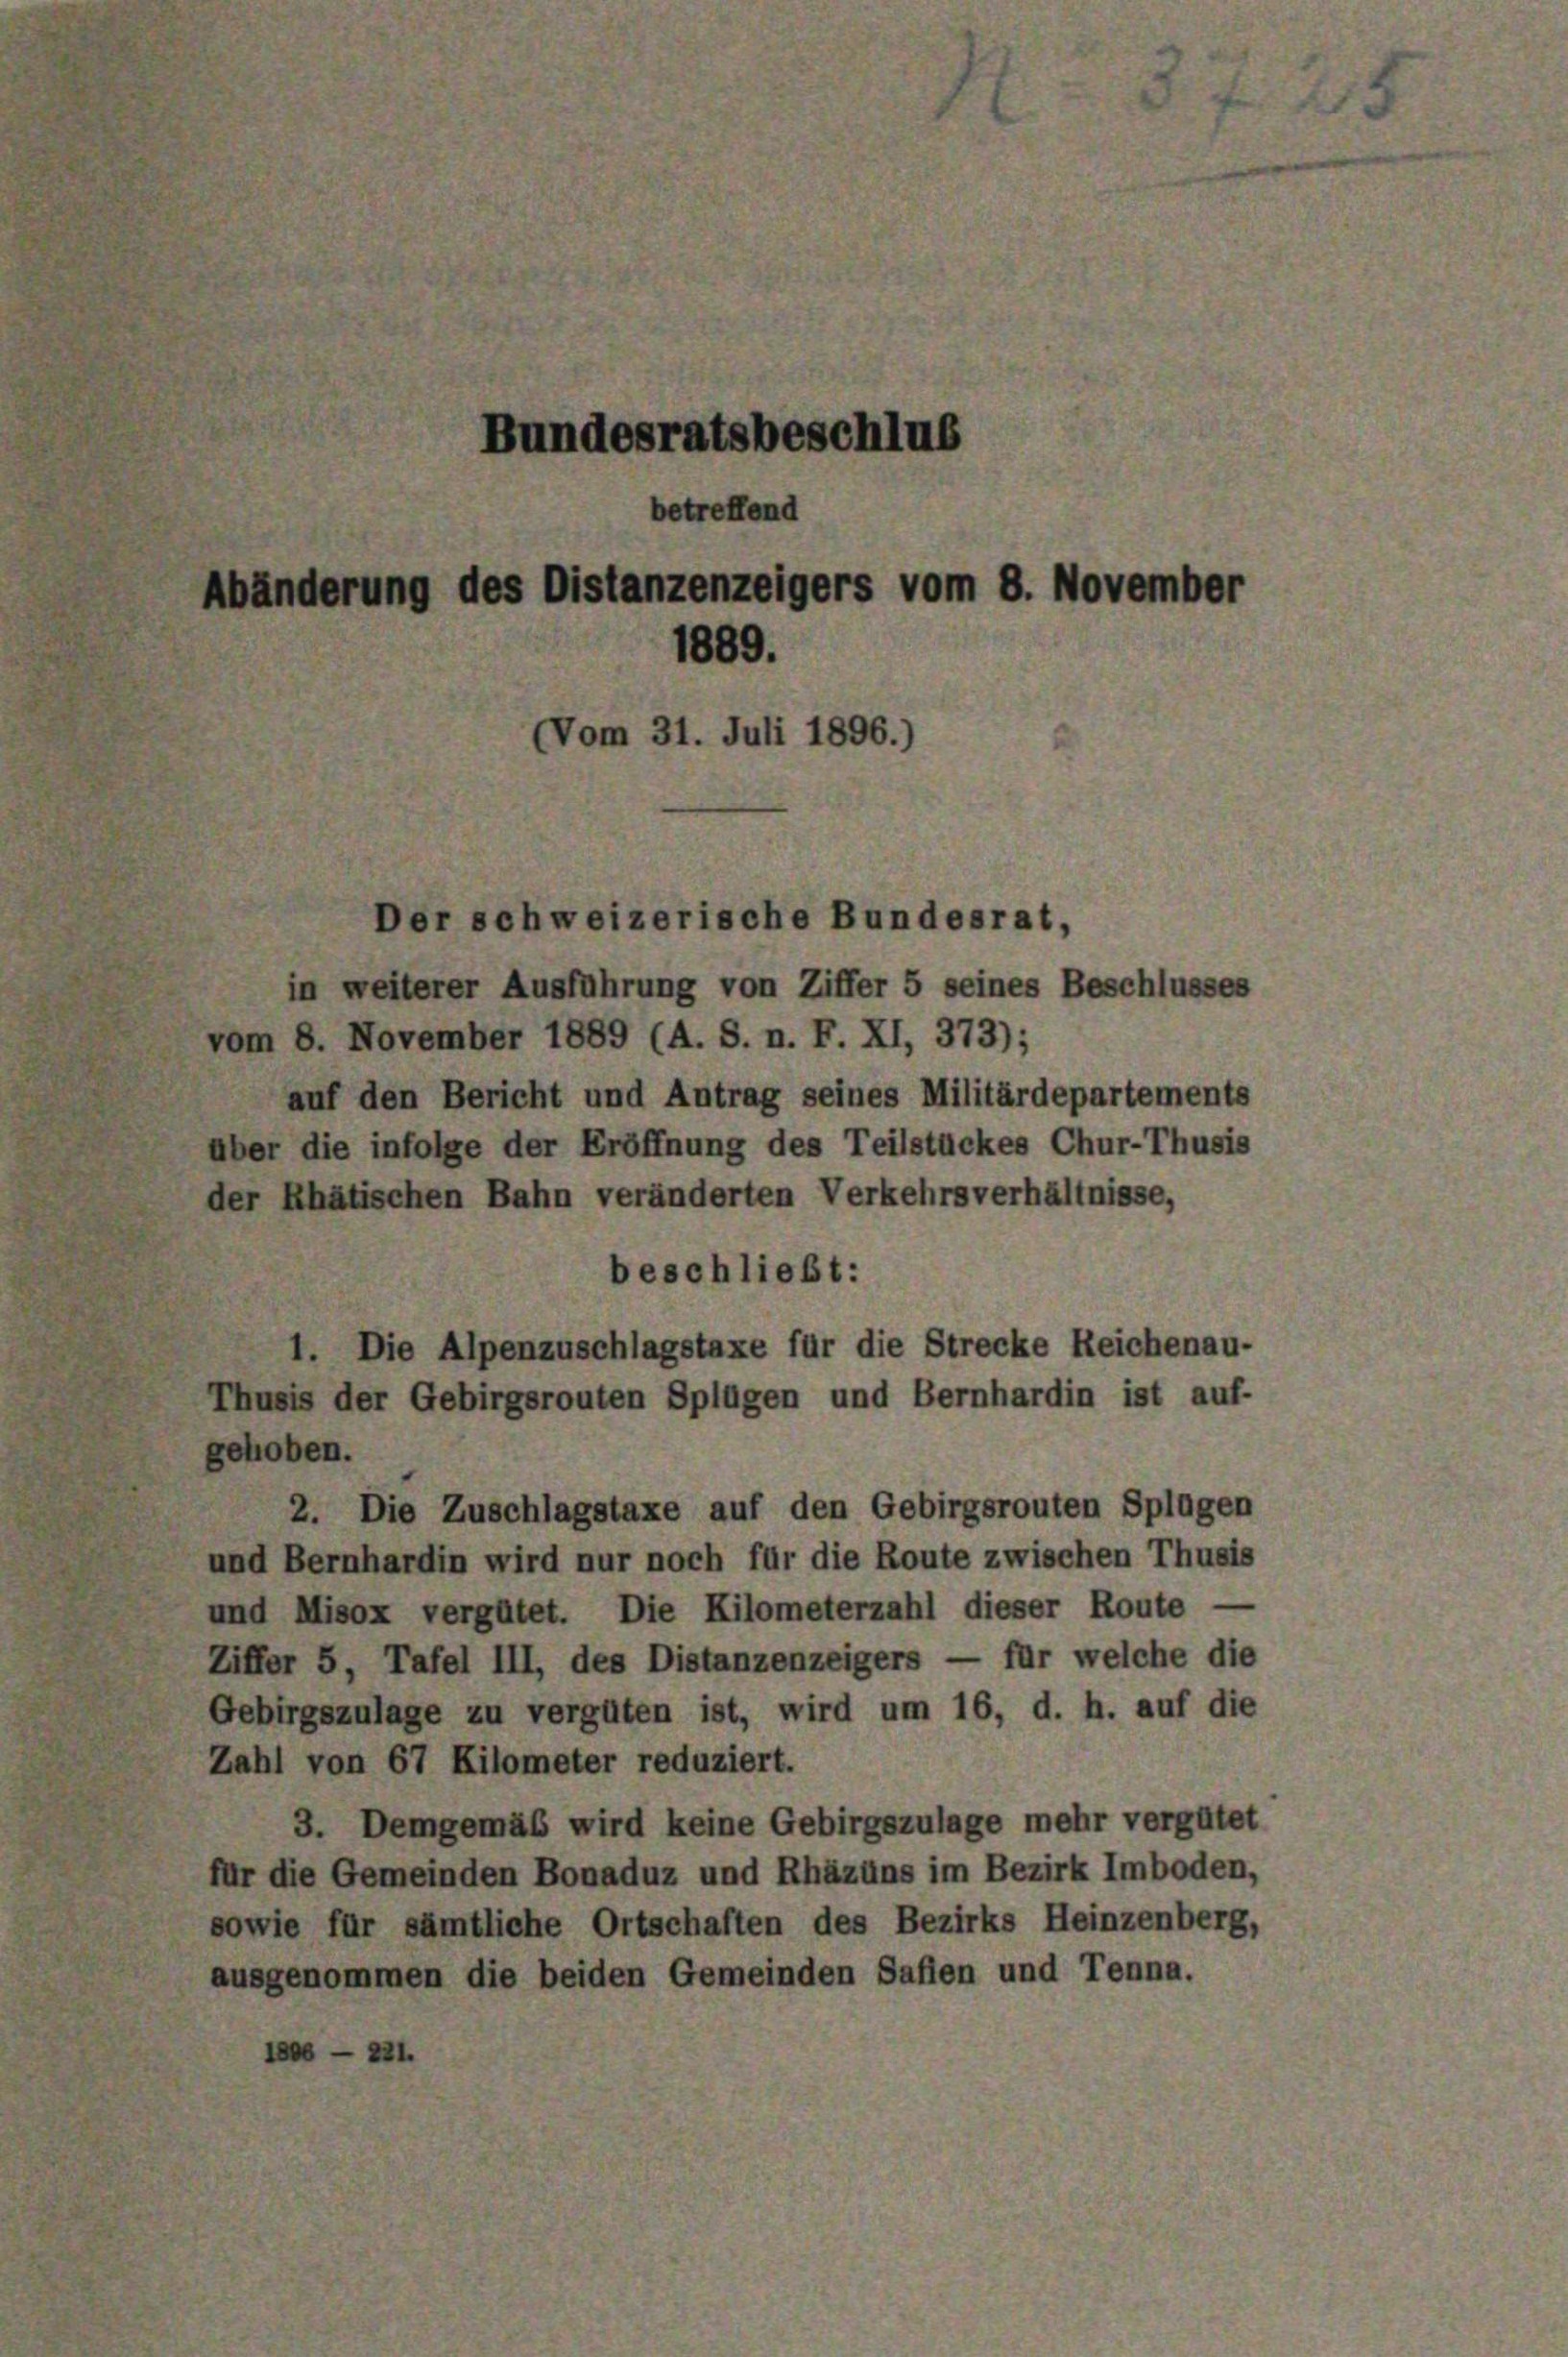
Bundesratsbeschlus
betreffend
Abänderung des Distanzenzeigers vom 8. November
1889.
Vom 31. Juli 1896.)

Der schweizerische Bundesrat,

in weiterer Ausführung von Ziffer 5 seines Beschlusses
vom 8. November 1889 (A. S. n. F. XI, 373);
auf den Bericht und Antrag seines Militärdepartements
über die infolge der Eröffnung des Teilstückes Chur-Thusis
der Rhätischen Bahn veränderten Verkehrsverhältnisse,
beschließt:
1. Die Alpenzuschlagstaxe für die Strecke Reichenau-
Thusis der Gebirgsrouten Splügen und Bernhardin ist auf-
gehoben.
2. Die Zuschlagstaxe auf den Gebirgsrouten Splügen
und Bernhardin wird nur noch für die Route zwischen Thusis
und Misox vergütet. Die Kilometerzahl dieser Route -
Ziffer 5, Tafel III, des Distanzenzeigers — für welche die
Gebirgszulage zu vergüten ist, wird um 16, d. h. auf die
Zahl von 67 Kilometer reduziert.
3. Demgemäß wird keine Gebirgszulage mehr vergütet
für die Gemeinden Bonaduz und Rhäzüns im Bezirk Imboden,
sowie für sämtliche Ortschaften des Bezirks Heinzenberg,
ausgenommen die beiden Gemeinden Saflen und Tenna.
10 — 221.